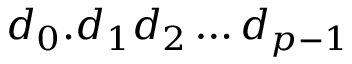
d _ { 0 } . d _ { 1 } d _ { 2 } \ldots d _ { p - 1 }